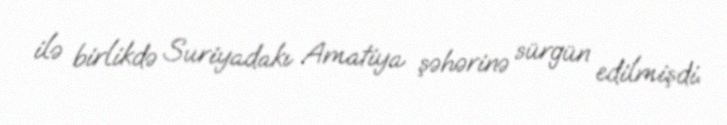
ilə birlikdə Suriyadakı Amatiya şəhərinə sürgün edilmişdi.